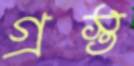
গ্রস্ত